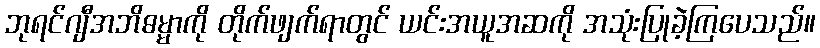
ဘုရင်ဂျီအဘိဓမ္မာကို တိုက်ဖျက်ရာတွင် ယင်းအယူအဆကို အသုံးပြုခဲ့ကြပေသည်။